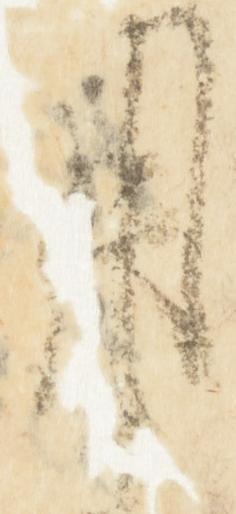
用